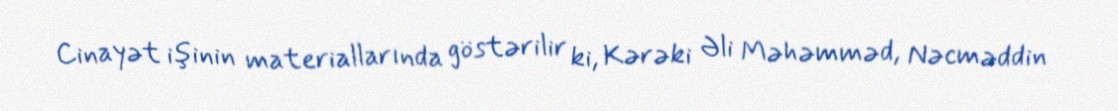
Cinayət işinin materiallarında göstərilir ki, Kərəki Əli Məhəmməd, Nəcməddin